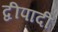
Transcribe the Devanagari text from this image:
द्वीपादी